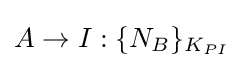
A\rightarrow I:\{N_{B}\}_{K_{PI}}